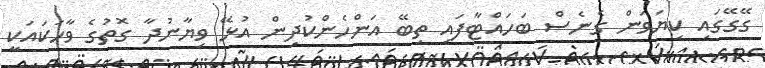
ގޭގޭގައި ކިޔަވަން ގެނެސް ބަހައްޓާފައި ތިބޭ އަންހެންކުދިން އުޅޭ ވިޔާނުދާ ގޮތުގެ ވާހަކައަކީ